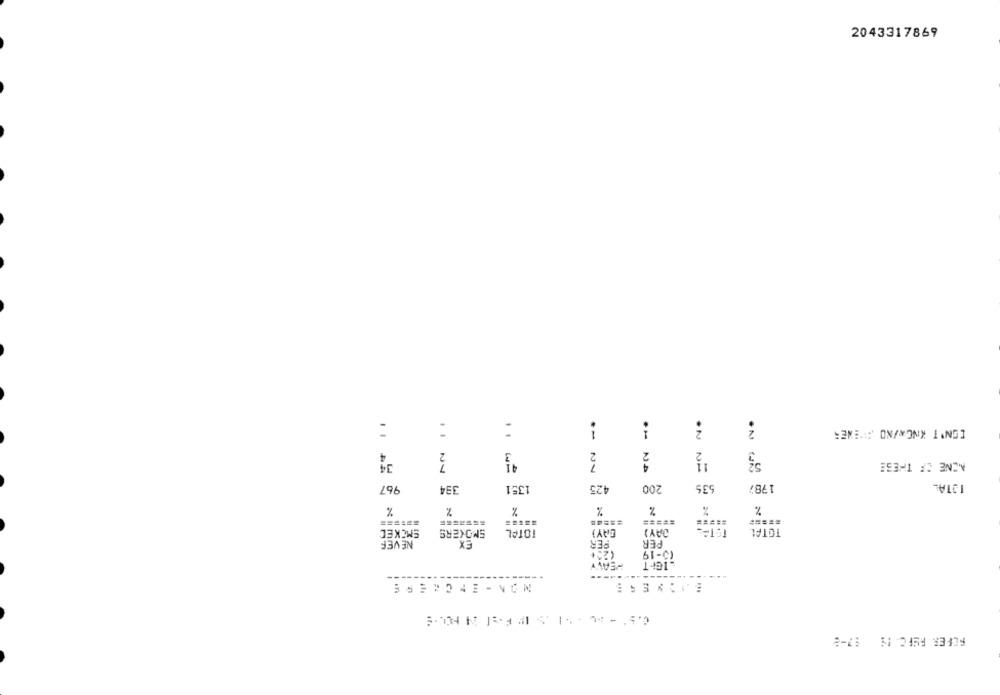
2043317869
.
1
2
DON'T KNOWAND SEWER
4
2
3
2
2
34
7
41
NONE OF THESE
NA
967
394
1351
425
200
635
1987
19TAL
%
%
%
======
=====
=====
TOTAL
EMCKED
SMOKERS
TOTAL
DAYS
NEVER
EX
PER
PER
(2)+
(5-19
HEAVY
---
-----
----
MON - ENCRERE
FEFER AUFC. 11 97-8